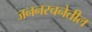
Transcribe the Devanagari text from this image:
जननरचनेतील